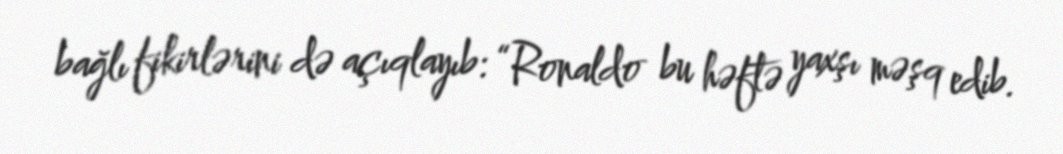
bağlı fikirlərini də açıqlayıb: “Ronaldo bu həftə yaxşı məşq edib.